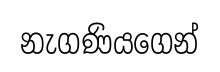
නැගණියගෙන්